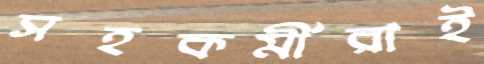
সহকর্মীরাই